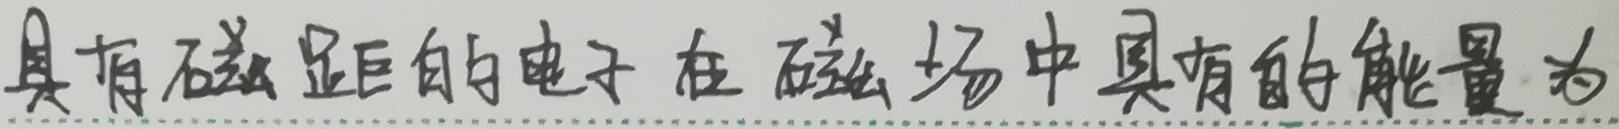
具有磁矩的电子在磁场中具有的能量为